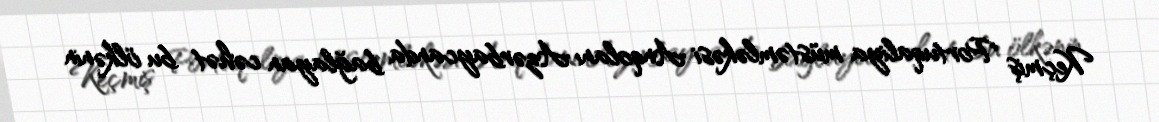
Keçmiş Portuqaliya müstəmləkəsi Anqolanı Azərbaycanda bağlayan cəhət bu ölkənin